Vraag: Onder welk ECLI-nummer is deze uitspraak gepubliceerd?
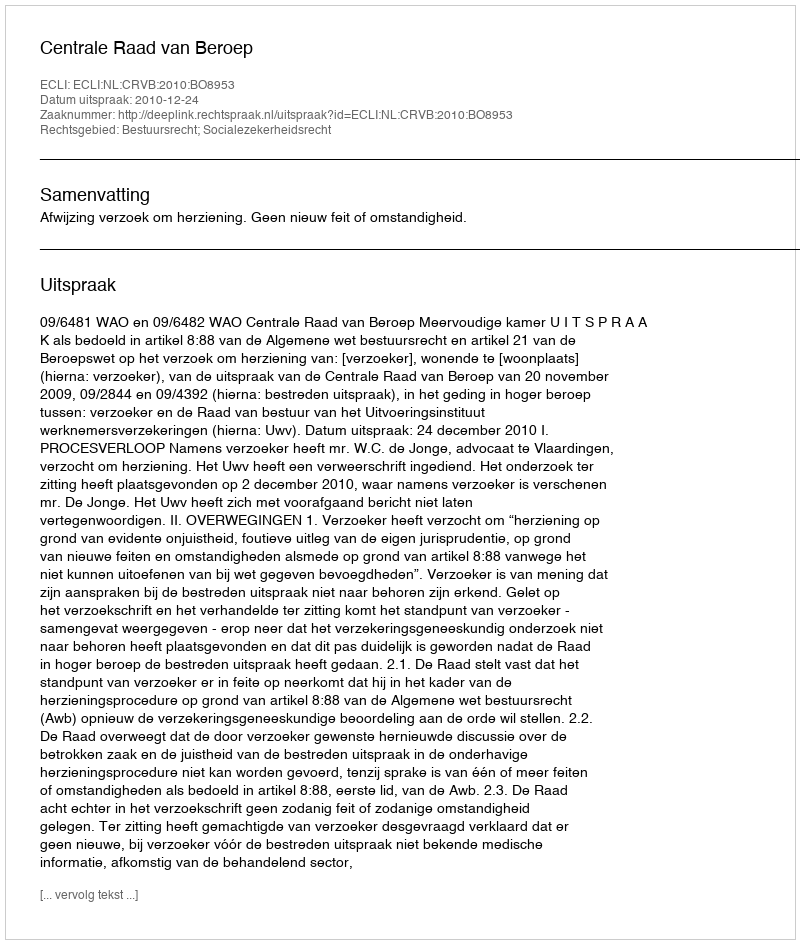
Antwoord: ECLI:NL:CRVB:2010:BO8953